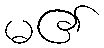
မ၏